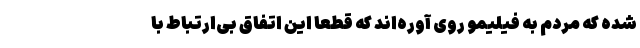
شده که مردم به فیلیمو روی آوره‌اند که قطعا این اتفاق بی‌ارتباط با